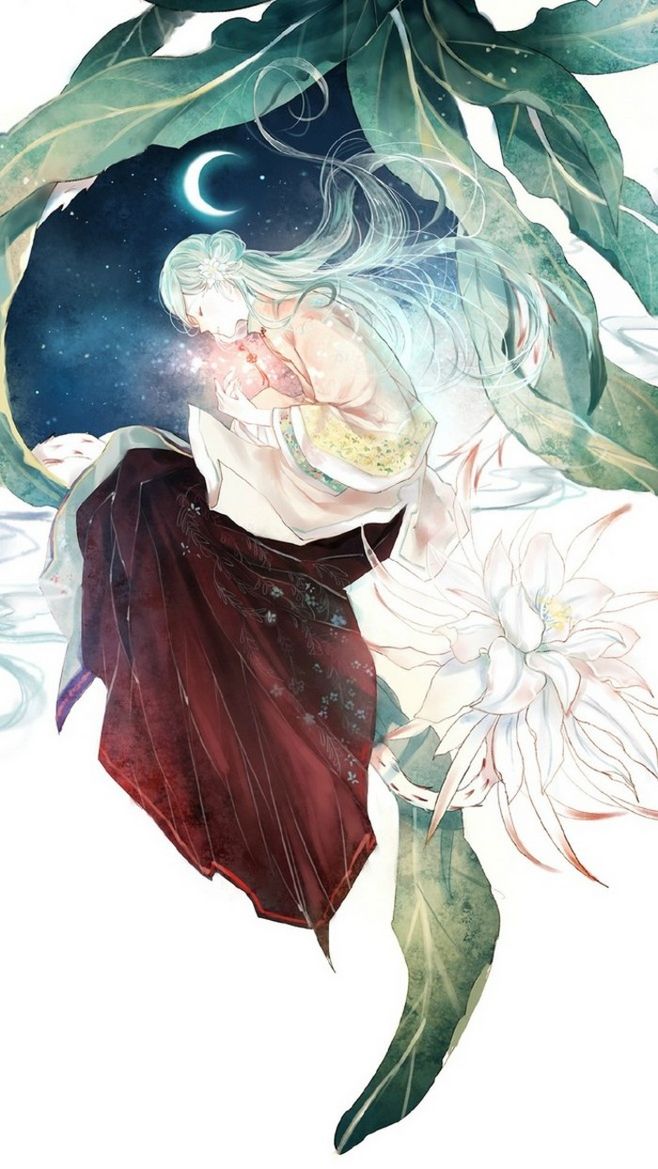
肠断月明红豆蔻，月似当时，人似当时否？